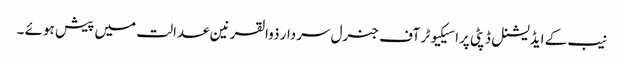
نیب کے ایڈیشنل ڈپٹی پراسیکیوٹر آف جنرل سردار ذوالقرنین عدالت میں پیش ہوئے ۔